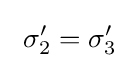
\ \sigma _{2}'=\sigma _{3}'